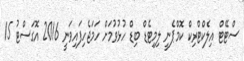
ސްޓޭޓް އިލެކްޓްރިކް ކޮމްޕެނީ ލިމިޓެޑް ބިޑް ހުޅުވުމަށް ހަމަޖެހިފައިވަނީ 2016 އޮގަސްޓު 15